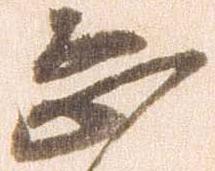
恐